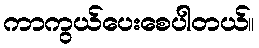
ကာကွယ်ပေးစေပါတယ်။